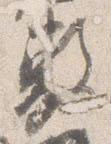
敷